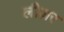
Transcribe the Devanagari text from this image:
लीज़र